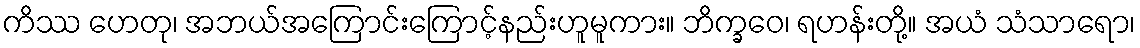
ကိဿ ဟေတု၊ အဘယ်အကြောင်းကြောင့်နည်းဟူမူကား။ ဘိက္ခဝေ၊ ရဟန်းတို့။ အယံ သံသာရော၊